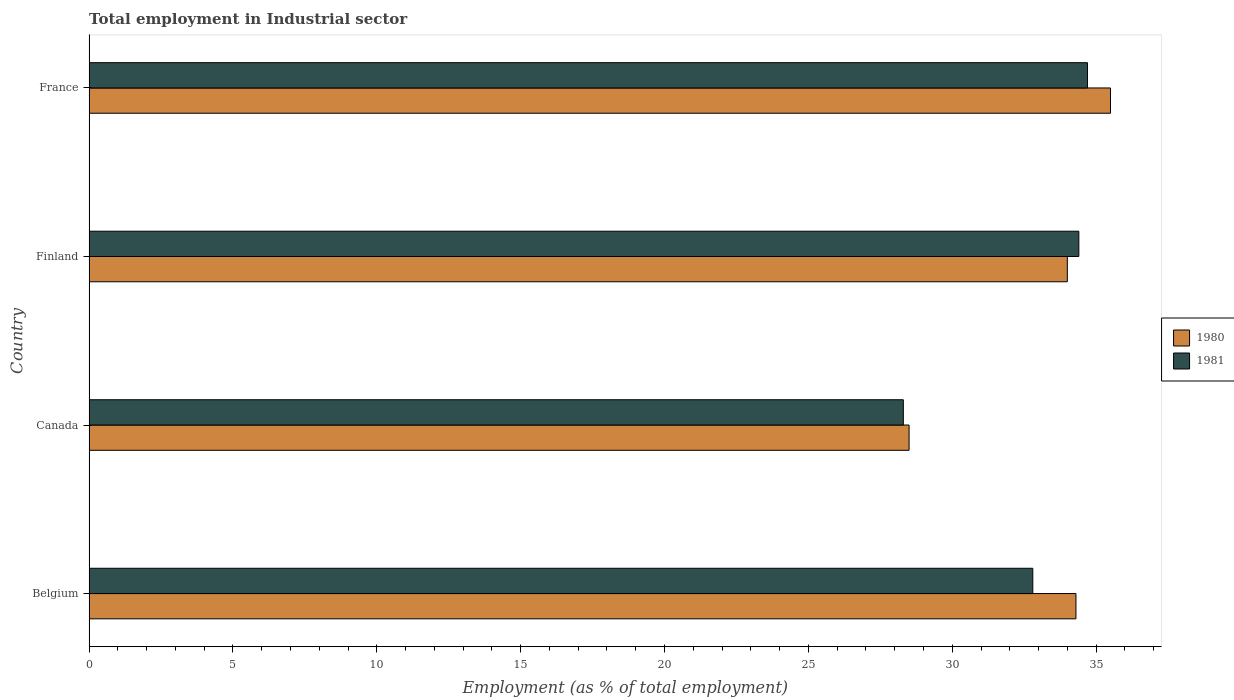
| Country | 1980 | 1981 |
 | --- | --- | --- |
 | Belgium | 34.3 | 32.8 |
 | Canada | 28.5 | 28.3 |
 | Finland | 34 | 34.4 |
 | France | 35.5 | 34.7 |